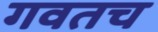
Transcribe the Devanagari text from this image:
गवतच